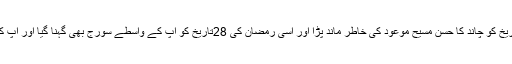
جب 1894ء کے رمضان کی 13 تاریخ کو چاند کا حسن مسیح موعودؑ کی خاطر ماند پڑا اور اسی رمضان کی 28تاریخ کو آپ کے واسطے سورج بھی گہنا گیا اور آپ کی صداقت پر مہر تصدیق ثبت کر گیا۔